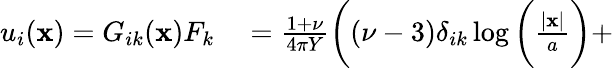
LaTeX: \begin{array}{rl}{u_{i}({\mathbf x})=G_{ik}(\mathbf{x})F_{k}}&{{}=\frac{1+\nu}{4\pi Y}\bigg((\nu-3)\delta_{ik}\log\bigg(\frac{|\mathbf{x}|}{a}\bigg)+}\end{array}